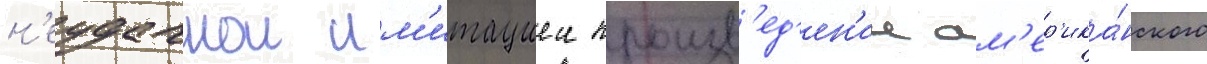
н'еудачнои им'итациеи произв'ед'ен'ии ам'ер'ика́нского